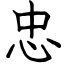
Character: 忠